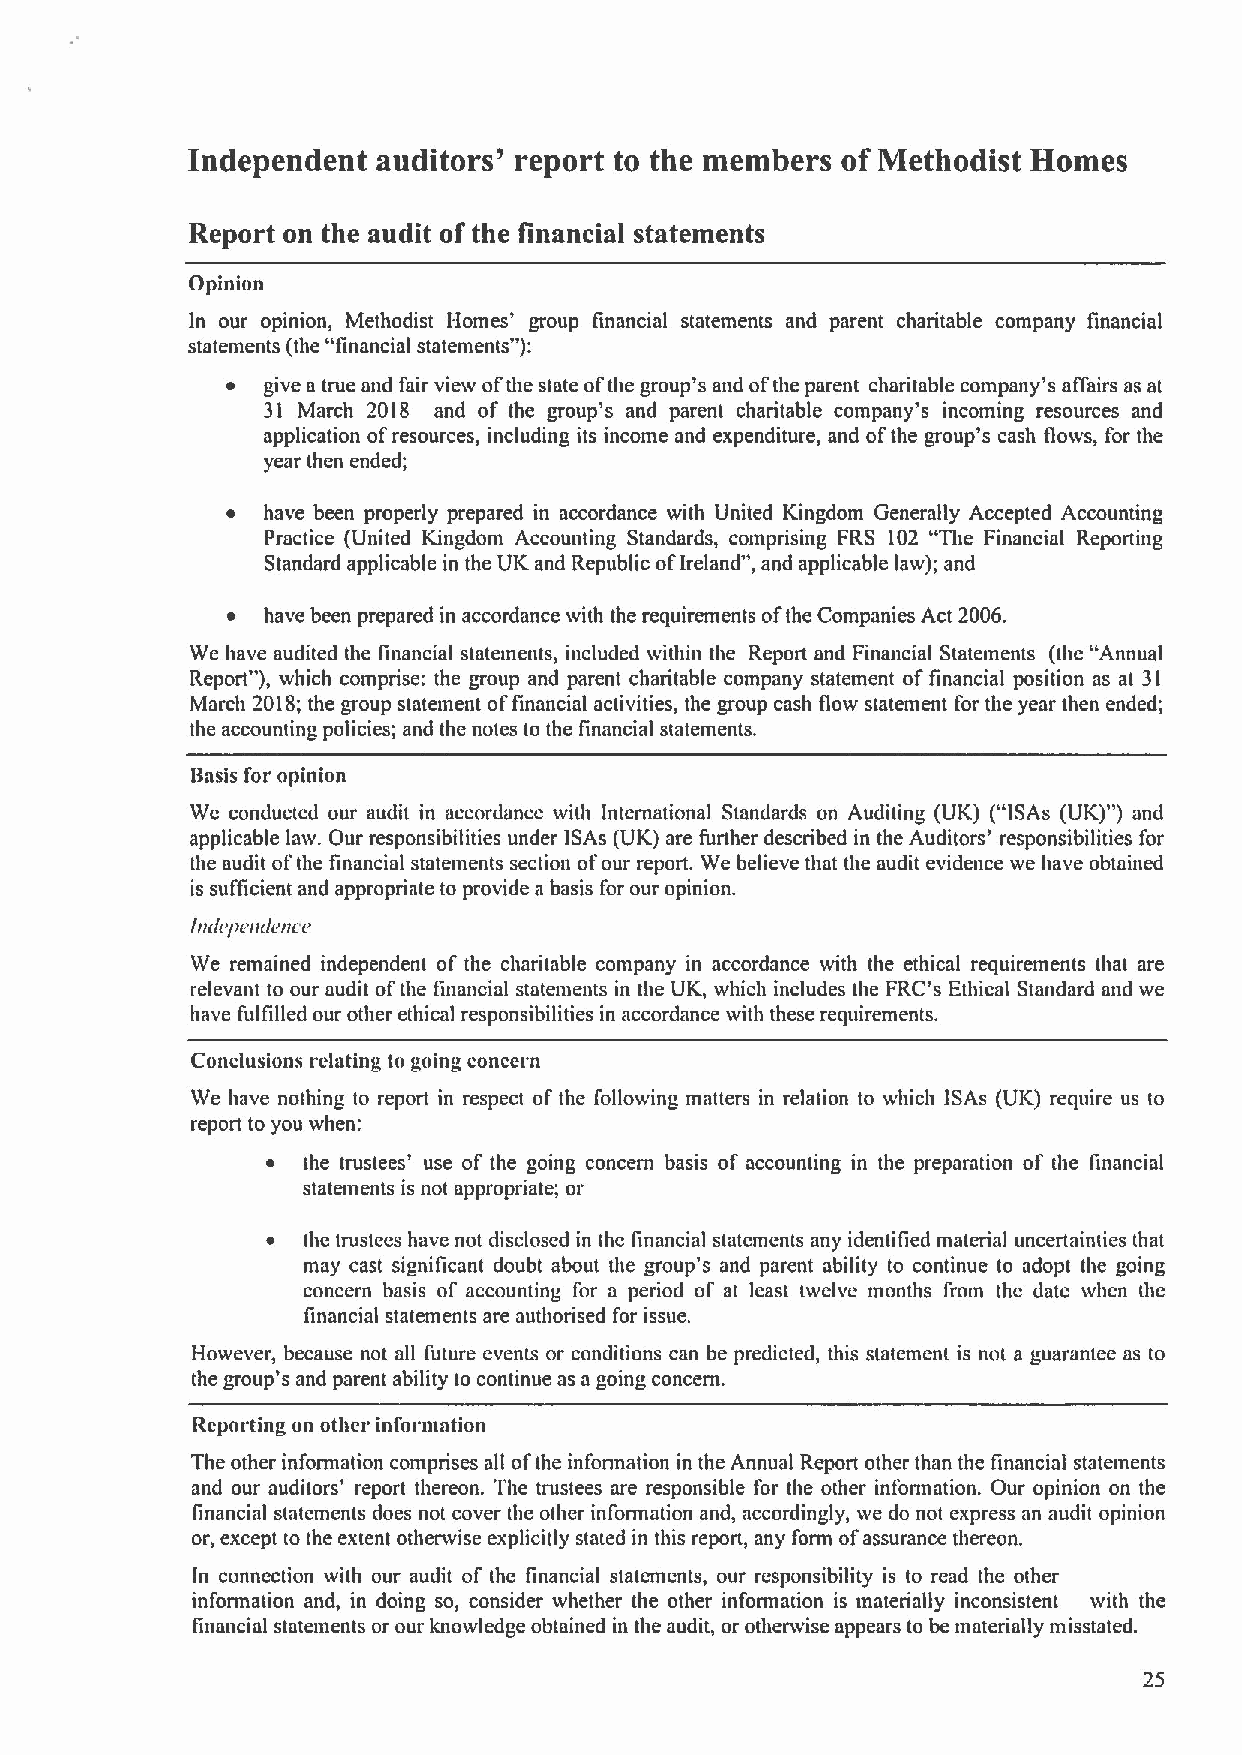
Independent  auditors' report to the members of Methodist Homes
 Report on the audit ofthe financial statements
 Opinion
 In our opinion, Methodist Homes' group financial statements and parent charitable company financial
 statements (the "financial statements"):
 ~ give a true and fair view ofthe state ofthe group's and ofthe parent charitable company's aITairs as at
 31 March 2018 and of the group's and parent charitable company's incoming resources and
 application ofresources, including its income and expenditure, and ofthe group's cash flows, for the
 year then ended;
 ~ have been properly prepared in accordance with United Kingdom Generally Accepted Accounting
 Practice (United Kingdom Accounting Standards, comprising FRS 102 "The Financial Reporting
 Standard applicable in the UK and Republic ofIreland", and applicable law); and
 ~ have been prepared in accordance with the requirements ofthe Companies Act 2006.
 We have audited the financial statements, included within the Report and Financial Statements (the "Annual
 Report"), which comprise: the group and parent charitable company statement offinancial position as at 31
 March 201S;the group statement offinancial activities, the group cash flow statement for the year then ended;
 the accounting policies; and the notes to the financial statements.
 Basis for opinion
 We conducted our audit in accordance with International Standards on Auditing (UK) ("ISAs (UK)") and
 applicable law. Our responsibilities under ISAs (UK) are further described in the Auditors' responsibilities for
 the audit ofthe financial statements section ofour report. We believe that the audit evidence we have obtained
 is suflicient and appropriate to provide abasis for our opinion.
 IniIiI&emlem e
 We remained independent of the charitable company in accordance with the ethical requirements that are
 relevant to our audit ofthe financial statements in the UK, which includes the FRC's Ethical Standard and we
 have fulfilled our other ethical responsibilities in accordance with these requirements.
 Conclusions relating to going concern
 We have nothing to report in respect of the I'ollowing matters in relation to which ISAs (UK) require us to
 report to you when:
 ~ the trustees' use of the going concern basis of accounting in the preparation of the financial
 statements is not appropriate; or
 ~ the trustees have not disclosed in the financial statements any identified material uncertainties that
 may cast significant doubt about the group's and parent ability to continue to adopt the going
 concern basis of accounting for a period of at least twelve months from the date when the
 financial statements are authorised for issue.
 However, because not all future events or conditions can be predicted, this statement is not a guarantee as to
 the group's and parent ability to continue as a going concern.
 Reporting on other information
 The other information comprises all ofthe information in the Annual Report other than the financial statements
 and our auditors' report thereon. The trustees are responsible for the other information. Our opinion on the
 financial statements does not cover the other information and, accordingly, we do not express an audit opinion
 or, except to the extent otherwise explicitly stated in this report, any form ofassurance thereon.
 In connection with our audit of the financial statements, our responsibility is to read the other
 information and, in doing so, consider whether the other information is materially inconsistent with the
 financial statements or our knowledge obtained in the audit, or otherwise appears to be materially misstated.
 25